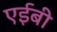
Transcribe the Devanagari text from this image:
एईबी